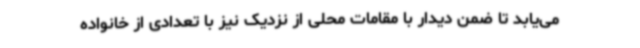
می‌یابد تا ضمن دیدار با مقامات محلی از نزدیک نیز با تعدادی از خانواده